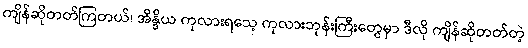
ကျိန်ဆိုတတ်ကြတယ်၊ အိန္ဒိယ ကုလားရသေ့ ကုလားဘုန်းကြီးတွေမှာ ဒီလို ကျိန်ဆိုတတ်တဲ့